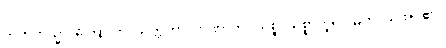
ဣတိတသ္မာ၊ ကြောင့်။ ဝိသတ္တိကာ၊ တဏှာကို။ သစ္စံ၊ သစ္စာဟူ၍။ မတံ၊ သိအပ်၏။